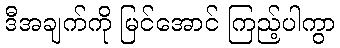
ဒီအချက်ကို မြင်အောင် ကြည့်ပါကွာ